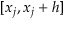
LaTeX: [ x _ { j } , x _ { j } + h ]